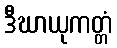
ဒီဃာယုကတ္တံ